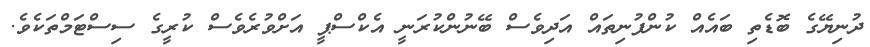
ދުނިޔޭގެ ބޮޑެތި ބައެއް ކުންފުނިތައް އަދިވެސް ބޭނުންކުރަނީ އެކްސްޕީ އަށްވުރެވެސް ކުރީގެ ސިސްޓަމްތަކެވެ.